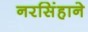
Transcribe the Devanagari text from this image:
नरसिंहाने